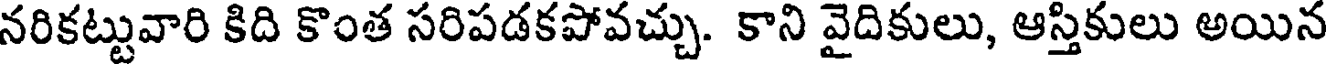
నరికట్టువారి కిది కొంత సరిపడకపోవచ్చు. కాని వైదికులు, ఆస్తికులు అయిన